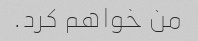
من خواهم کرد.